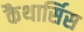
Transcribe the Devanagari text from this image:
कैथार्सिस